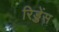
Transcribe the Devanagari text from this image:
रिड्डेंस